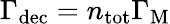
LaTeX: \Gamma_{\mathrm{dec}}=n_{\mathrm{tot}}\Gamma_{\mathrm{M}}